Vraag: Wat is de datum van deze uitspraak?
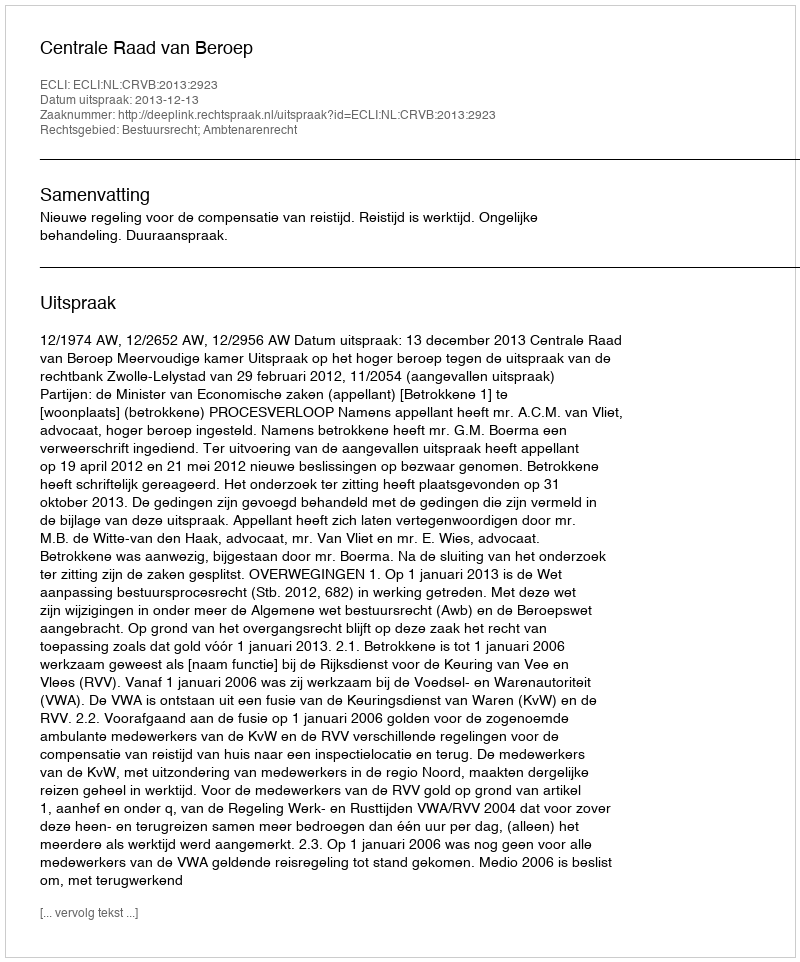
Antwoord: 2013-12-13